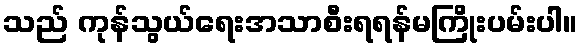
သည် ကုန်သွယ်ရေးအသာစီးရရန်မကြိုးပမ်းပါ။